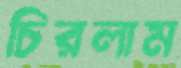
চিরলাম